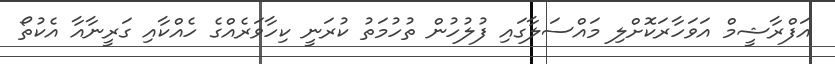
އަފްރާޝީމް އަވަހާރަކޮށްލި މައްސަލާގައި ފުލުހުން ތުހުމަތު ކުރަނީ ކިހާވަރެއްގެ ހެއްކާއި ގަރީނާއާ އެކުތޯ